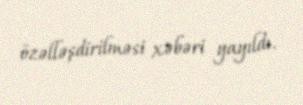
özəlləşdirilməsi xəbəri yayıldı.